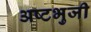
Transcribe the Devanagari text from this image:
अष्‍टभुजी